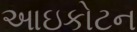
આઇકોટન